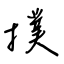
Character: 撲